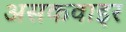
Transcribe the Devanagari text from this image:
असकवाइर